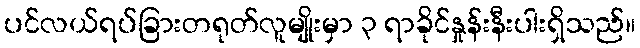
ပင်လယ်ရပ်ခြားတရုတ်လူမျိုးမှာ ၃ ရာခိုင်နှုန်းနီးပါးရှိသည်။